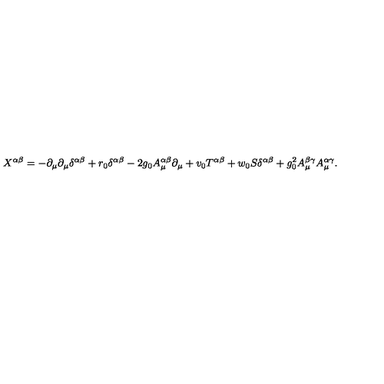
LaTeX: X ^ { \alpha \beta } = - \partial _ { \mu } \partial _ { \mu } \delta ^ { \alpha \beta } + r _ { 0 } \delta ^ { \alpha \beta } - 2 g _ { 0 } A _ { \mu } ^ { \alpha \beta } \partial _ { \mu } + v _ { 0 } T ^ { \alpha \beta } + w _ { 0 } S \delta ^ { \alpha \beta } + g _ { 0 } ^ { 2 } A _ { \mu } ^ { \beta \gamma } A _ { \mu } ^ { \alpha \gamma } .